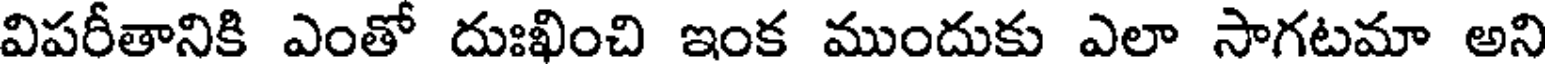
విపరీతానికి ఎంతో దుఃఖించి ఇంక ముందుకు ఎలా సాగటమా అని